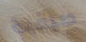
صيفية